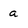
Character: a